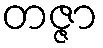
တဇ္ဇာ